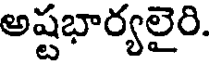
అష్టభార్యలైరి.